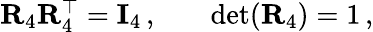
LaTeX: \begin{array}{rlr}{\mathbf{R}_{4}\mathbf{R}_{4}^{\top}=\mathbf{I}_{4}\, ,}&{{}}&{\operatorname*{det}(\mathbf{R}_{4})=1\, ,}\end{array}